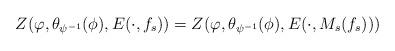
LaTeX: \begin{align*}Z(\varphi, \theta_{\psi^{-1}}(\phi), E(\cdot, f_s))=Z(\varphi,\theta_{\psi^{-1}}(\phi), E(\cdot, M_s(f_s)))\end{align*}